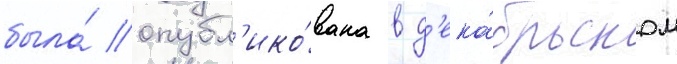
была́ опубл'ико́вана в д'ека́брьском